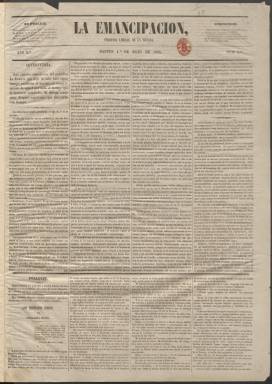
Título: La Emancipación (Madrid. 1855)
Colección: Periódicos
Ámbito geográfico: Madrid
Lugar de publicación: Madrid
Fechas: 01/05/1855-12/05/1855